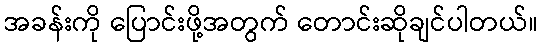
အခန်းကို ပြောင်းဖို့အတွက် တောင်းဆိုချင်ပါတယ်။